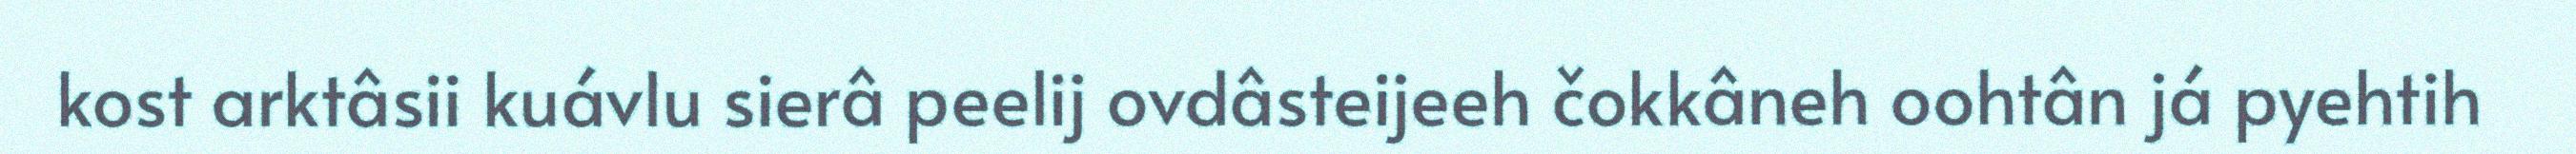
kost arktâsii kuávlu sierâ peelij ovdâsteijeeh čokkâneh oohtân já pyehtih